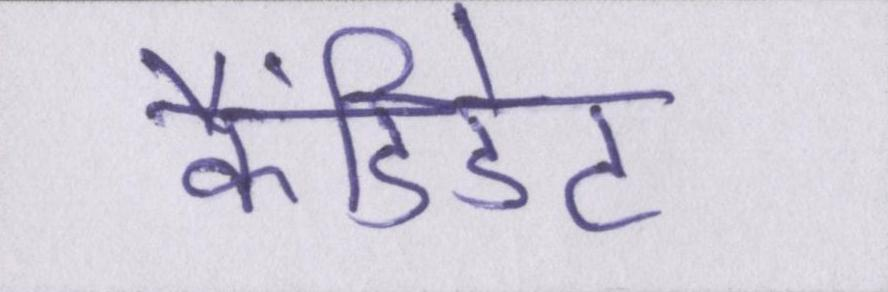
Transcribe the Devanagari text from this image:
कैंडिडेट